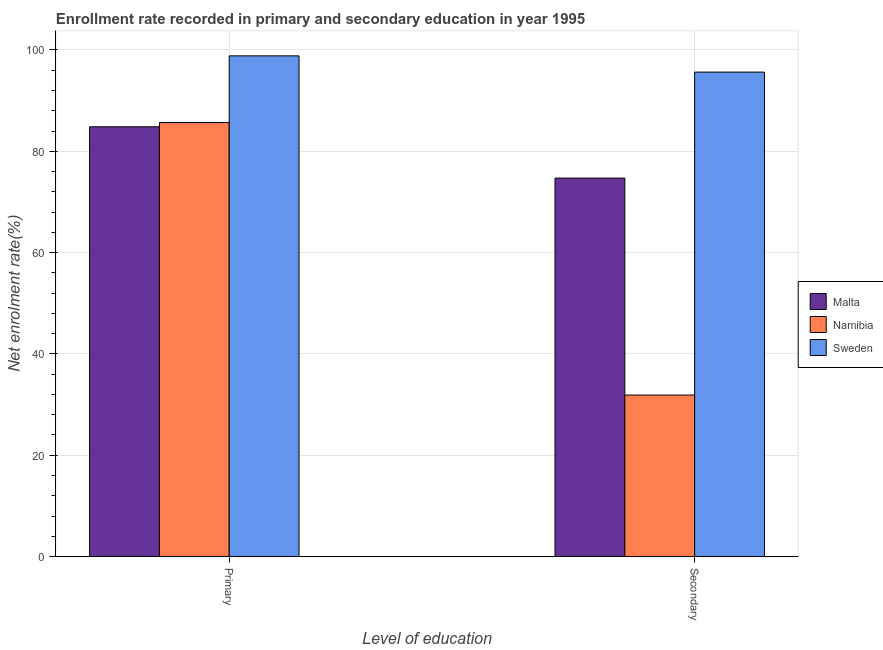
| Level of education | Malta | Namibia | Sweden |
 | --- | --- | --- | --- |
 | Primary | 84.8 | 85.7 | 98.8 |
 | Secondary | 74.7 | 31.9 | 95.6 |